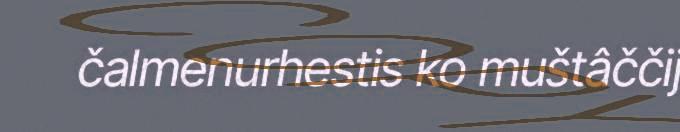
čalmenurhestis ko muštâččij